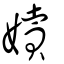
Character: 嬻